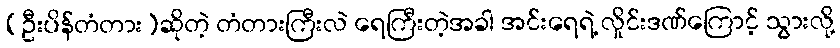
(ဦးပိန်တံတား)ဆိုတဲ့ တံတားကြီးလဲ ရေကြီးတဲ့အခါ အင်းရေရဲ့ လှိုင်းဒဏ်ကြောင့် သွားလို့